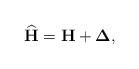
LaTeX: \begin{align*}\widehat{\mathbf{H}} = \mathbf{H} + \boldsymbol{\Delta},\end{align*}